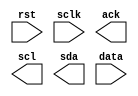
module ptosda(rst,sclk,ack,scl,sda,data);
input sclk,rst;
input [3:0] data;
output ack,scl,sda;

endmodule